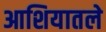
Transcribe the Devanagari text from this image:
आशियातले